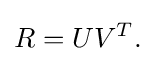
R=UV^{T}.\,\!